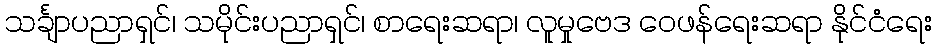
သင်္ချာပညာရှင်၊ သမိုင်းပညာရှင်၊ စာရေးဆရာ၊ လူမှုဗေဒ ဝေဖန်ရေးဆရာ နိုင်ငံရေး